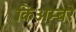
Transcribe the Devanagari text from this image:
किअम्बरे